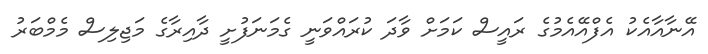
އޭނާއާއެކު އެފްއޭއެމުގެ ރައީސް ކަމަށް ވާދަ ކުރައްވަނީ ގެމަނަފުށީ ދާއިރާގެ މަޖިލިސް މެމްބަރު